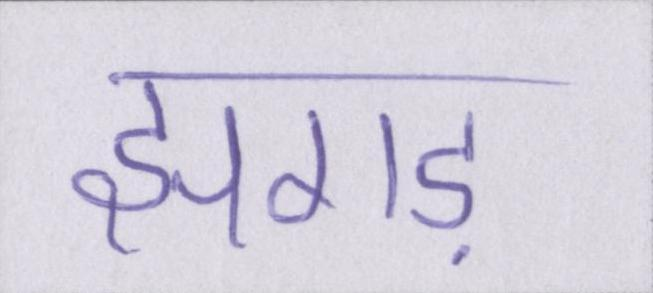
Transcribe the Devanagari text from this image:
झगड़